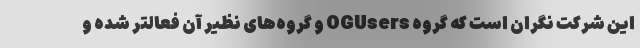
این شرکت نگران است که گروه OGUsers و گروه‌های نظیر آن فعالتر شده و